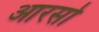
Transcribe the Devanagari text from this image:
आरसो